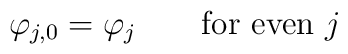
\varphi_{j,0}=\varphi_{j}\qquad\mbox{for even $j$}